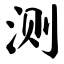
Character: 测